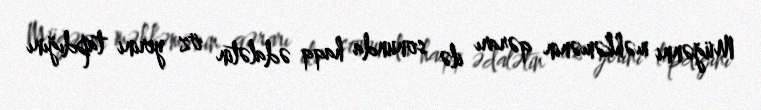
Müğənni məhkəmənin qərarı ilə sonunda haqq ədalətin öz yerini tapdığını